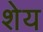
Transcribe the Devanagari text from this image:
शेय